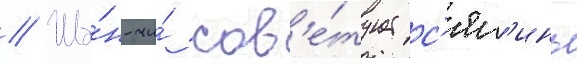
// Ша́н-чи́ сов'е́тует с'ял'инь